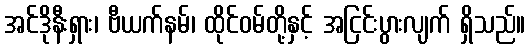
အင်ဒိုနီးရှား၊ ဗီယက်နမ်၊ ထိုင်ဝမ်တို့နှင့် အငြင်းပွားလျက် ရှိသည်။